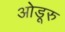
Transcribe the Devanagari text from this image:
ओडूरु